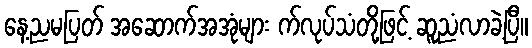
နေ့ညမပြတ် အဆောက်အအုံများ က်လုပ်သံတို့ဖြင့် ဆူညံလာခဲ့ပြီ။